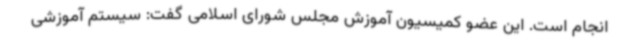
انجام است. این عضو کمیسیون آموزش مجلس شورای اسلامی گفت: سیستم آموزشی